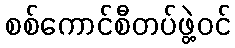
စစ်ကောင်စီတပ်ဖွဲ့ဝင်